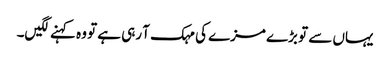
یہاں سے تو بڑے مزے کی مہک آ رہی ہے تو وہ کہنے لگیں۔